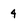
Character: 4